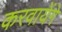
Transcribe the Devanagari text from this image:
करवायेंगे